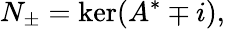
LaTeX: N_{\pm}=\ker(A^{*}\mp i),